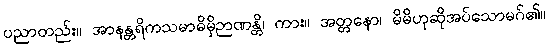
ပညာတည်း။ အာနန္တရိကသမာဓိမှိဉာဏန္တိ၊ ကား။ အတ္တနော၊ မိမိဟုဆိုအပ်သောမဂ်၏။